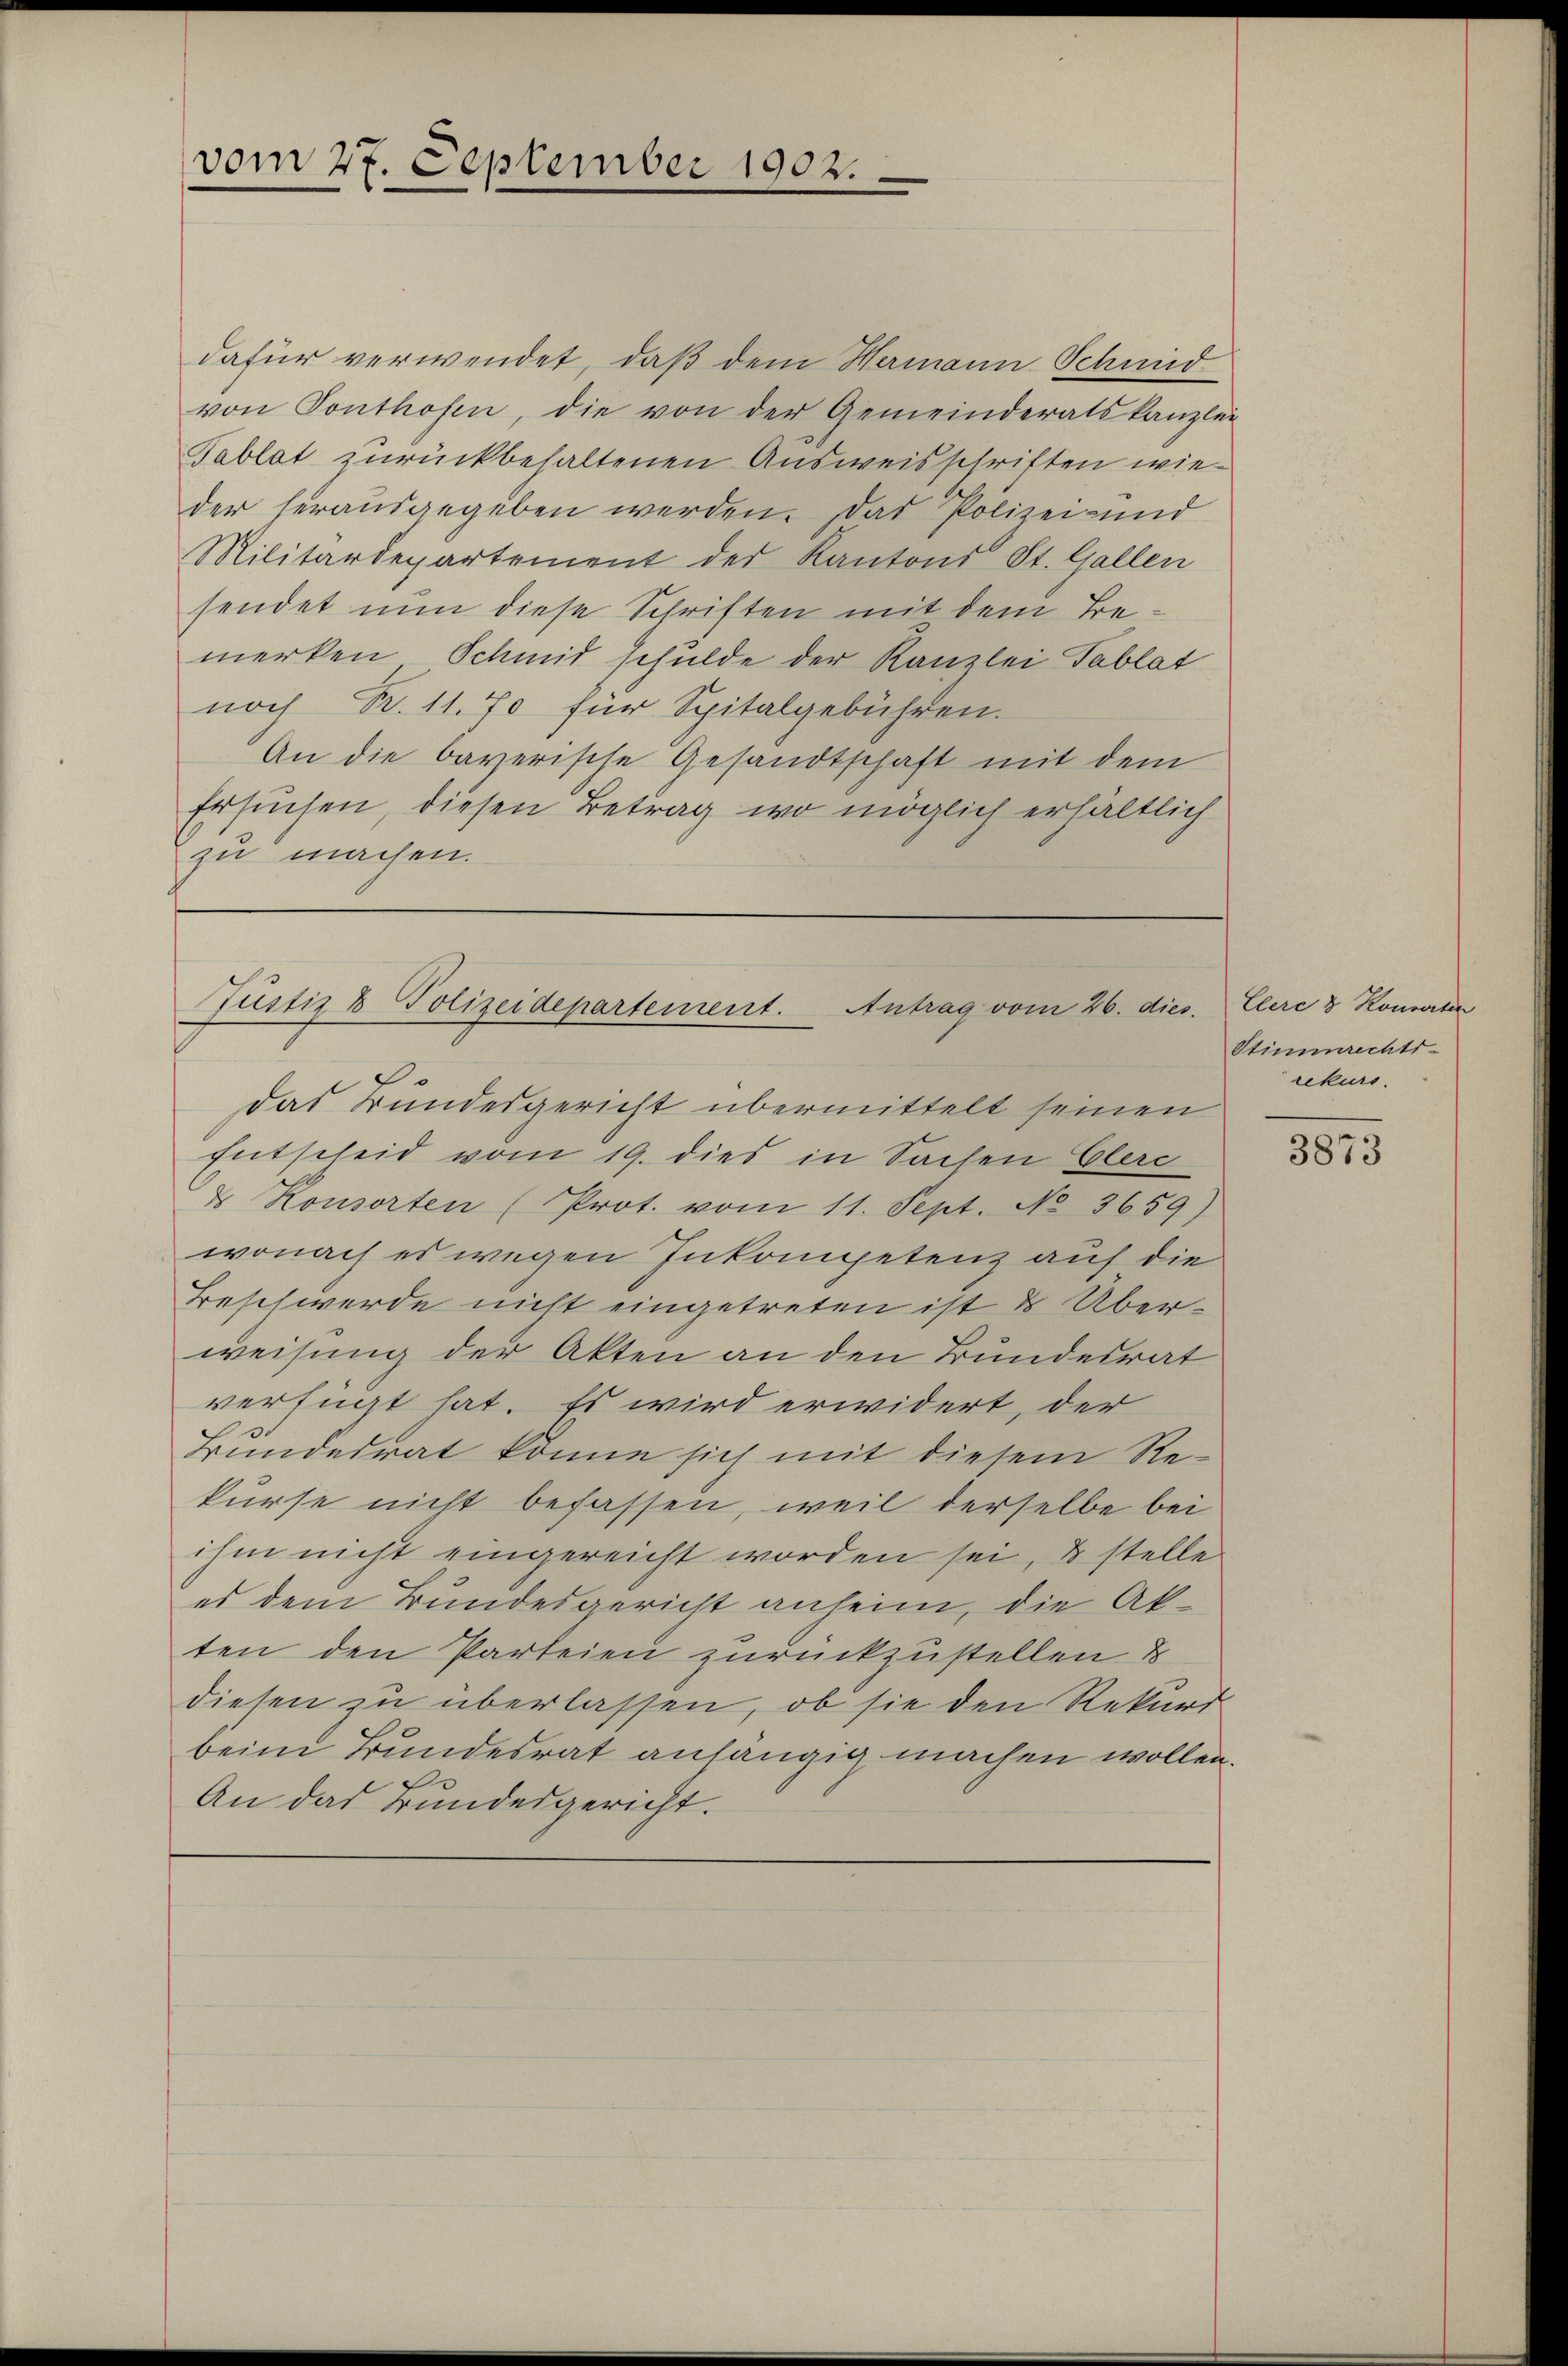
vom 27. September 1902.

dafür verwendet, daß dem Hermann Schind
von Tonthofen, die von der Gemeinderatskanzlei
Tablat zurückbehaltenen Ausweisschriften wieder herausgegeben werden. Das Polizei- und
Militärdepartement des Kantons St. Gallen
sendet nun diese Schriften mit dem Bemerken Schmid schulde der Kanzlei Tablat
noch R. 11. 70 für Spitalgebühren.
An die bayerische Gesandtschaft mit dem
Ersuchen, diesen Betrag wo möglich erhältlich
zu machen.

Entscheid vom 19. dies in Sachen Clerc
& Konsorten (Prot. vom 11. Sept. No 3659)
wonach es wegen Inkompetenz auf die
Beschwerde nicht eingetreten ist & Überweisung der Akten an den Bundesrat
verfügt hat. Es wird erwidert, der
Bundesrat könne sich mit diesem Rekurse nicht befassen, weil derselbe bei
ihm nicht eingereicht worden sei, & stelle
es dem Bundesgericht anheim, die Akten den Parteien zurückzustellen &
diesen zu überlassen, ob sie den Rekurs
beim Bundesrat anhängig machen wollen.
An das Bundesgericht.

Justiz & Polizeidepartement. Antrag vom 26. dies. Elere 8 Kommen
das Bundesgericht übermittelt seinen

Stimmrechts-
rekurs.

3873